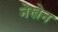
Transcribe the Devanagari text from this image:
नेखेन